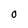
Character: 0